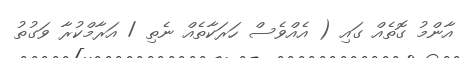
އާންމު ގޮތެއް ގައި ( އެއްވެސް ހަރަކާތެއް ނެތި / އަރާމްކުރާ ވަގުތު